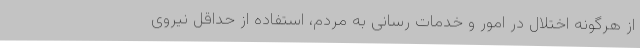
از هرگونه اختلال در امور و خدمات رسانی به مردم، استفاده از حداقل نیروی